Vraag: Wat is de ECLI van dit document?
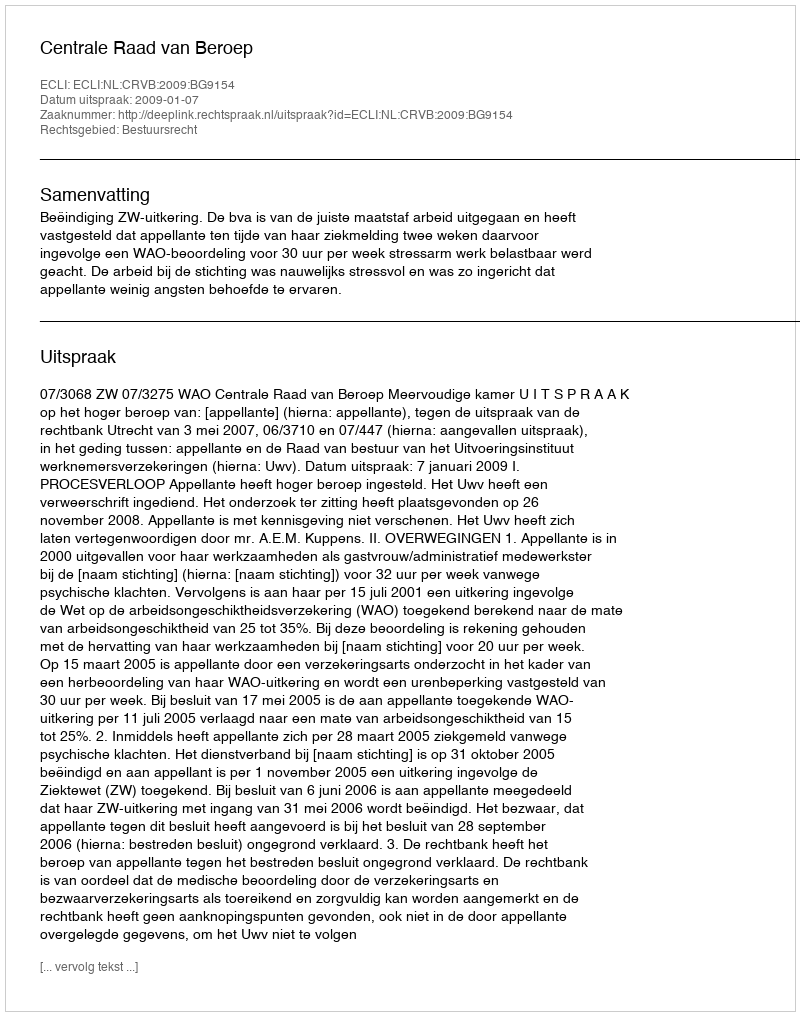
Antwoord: ECLI:NL:CRVB:2009:BG9154